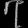
Digit: ၇